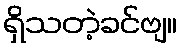
ရှိသတဲ့ခင်ဗျ။